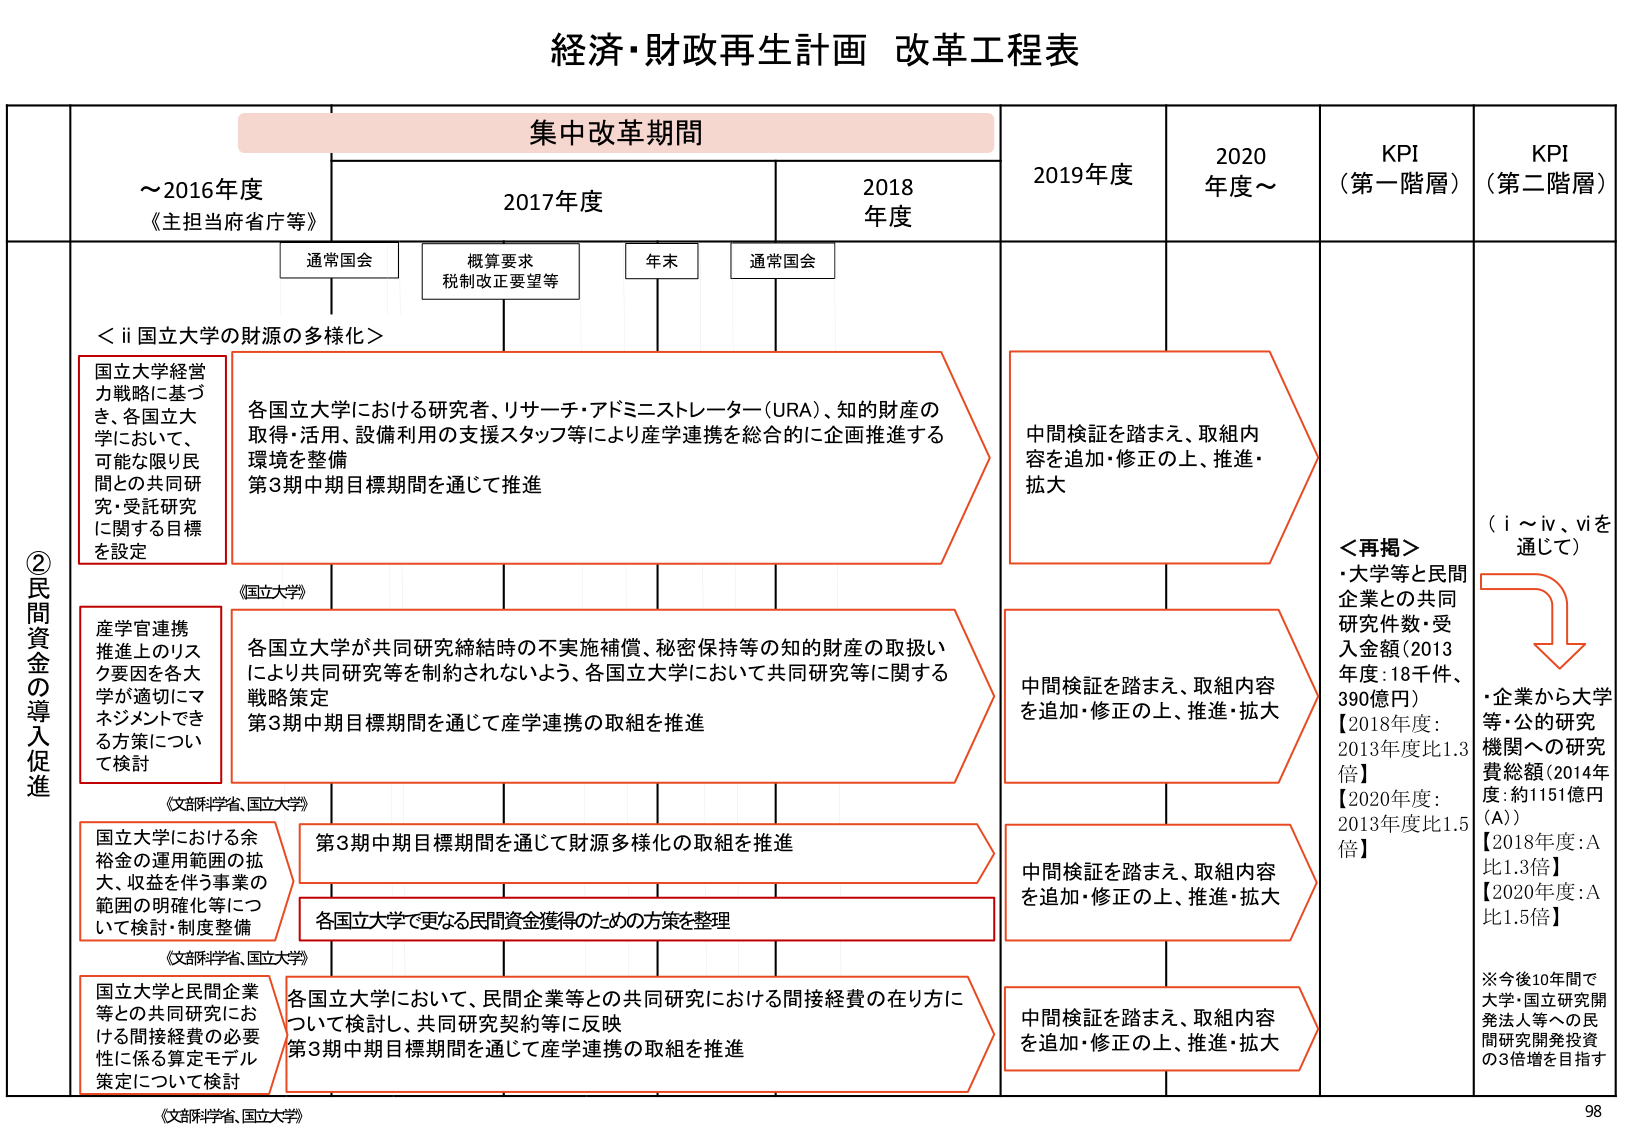
経済・財政再生計画 改革工程表

集中改革期間

～2016年度
《主担当府省庁等》

2017年度

2018年度

2019年度

2020年度～

KPI（第一階層）

KPI（第二階層）

通常国会

概算要求
税制改正要望等

年末

通常国会

②民間資金の導入促進

＜ii 国立大学の財源の多様化＞

国立大学経営力戦略に基づき、各国立大学において、可能な限り民間との共同研究・受託研究に関する目標を設定

各国立大学における研究者、リサーチ・アドミニストレーター（URA）、知的財産の取得・活用、設備利用の支援スタッフ等により産学連携を総合的に企画推進する環境を整備
第3期中期目標期間を通じて推進

中間検証を踏まえ、取組内容を追加・修正の上、推進・拡大

＜再掲＞
・大学等と民間企業との共同研究件数・受入金額（2013年度：18千件、390億円）
【2018年度：2013年度比1.3倍】
【2020年度：2013年度比1.5倍】

（i～iv、viを通じて）

産学官連携推進上のリスク要因を各大学が適切にマネジメントできる方策について検討

各国立大学が共同研究締結時の不実施補償、秘密保持等の知的財産の取扱いにより共同研究等を制約されないよう、各国立大学において共同研究に関する戦略策定
第3期中期目標期間を通じて産学連携の取組を推進

中間検証を踏まえ、取組内容を追加・修正の上、推進・拡大

・企業から大学等・公的研究機関への研究費総額（2014年度：約1151億円（A））
【2018年度：A比1.3倍】
【2020年度：A比1.5倍】

（国立大学）

国立大学における余裕金の運用範囲の拡大、収益を伴う事業の範囲の明確化等について検討・制度整備

第3期中期目標期間を通じて財源多様化の取組を推進

中間検証を踏まえ、取組内容を追加・修正の上、推進・拡大

※今後10年間で大学・国立研究開発法人等への民間研究開発投資の3倍増を目指す

（文部科学省、国立大学）

各国立大学で更なる民間資金獲得のための方策を整理

国立大学と民間企業等との共同研究における間接経費の必要性に係る算定モデル策定について検討

各国立大学において、民間企業等との共同研究における間接経費の在り方について検討し、共同研究契約等に反映
第3期中期目標期間を通じて産学連携の取組を推進

中間検証を踏まえ、取組内容を追加・修正の上、推進・拡大

（文部科学省、国立大学）

98